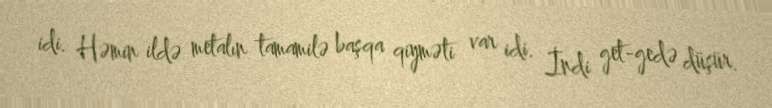
idi. Həmin ildə metalın tamamilə başqa qiyməti var idi. İndi get-gedə düşür.